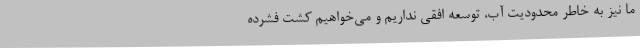
ما نیز به خاطر محدودیت آب، توسعه افقی نداریم و می‌خواهیم کشت فشرده